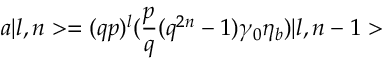
a \vert l , n > = ( q p ) ^ { l } ( { \frac { p } { q } } ( q ^ { 2 n } - 1 ) \gamma _ { 0 } \eta _ { b } ) \vert l , n - 1 >